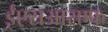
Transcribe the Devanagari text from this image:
ईएसआरएफ